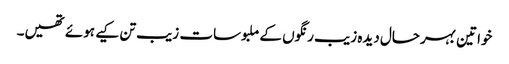
خواتین بہرحال دیدہ زیب رنگوں کے ملبوسات زیب تن کیے ہوئے تھیں۔